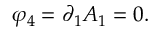
\varphi _ { 4 } = \partial _ { 1 } A _ { 1 } = 0 .